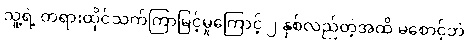
သူ့ရဲ့ တရားထိုင်သက်ကြာမြင့်မှုကြောင့် ၂ နှစ်လည်တဲ့အထိ မစောင့်ဘဲ